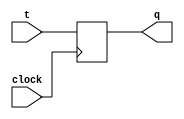
module t_latch(
    input t,
    input clock,
    output reg q
);

always @(posedge clock)
begin
    q <= t;
end

endmodule